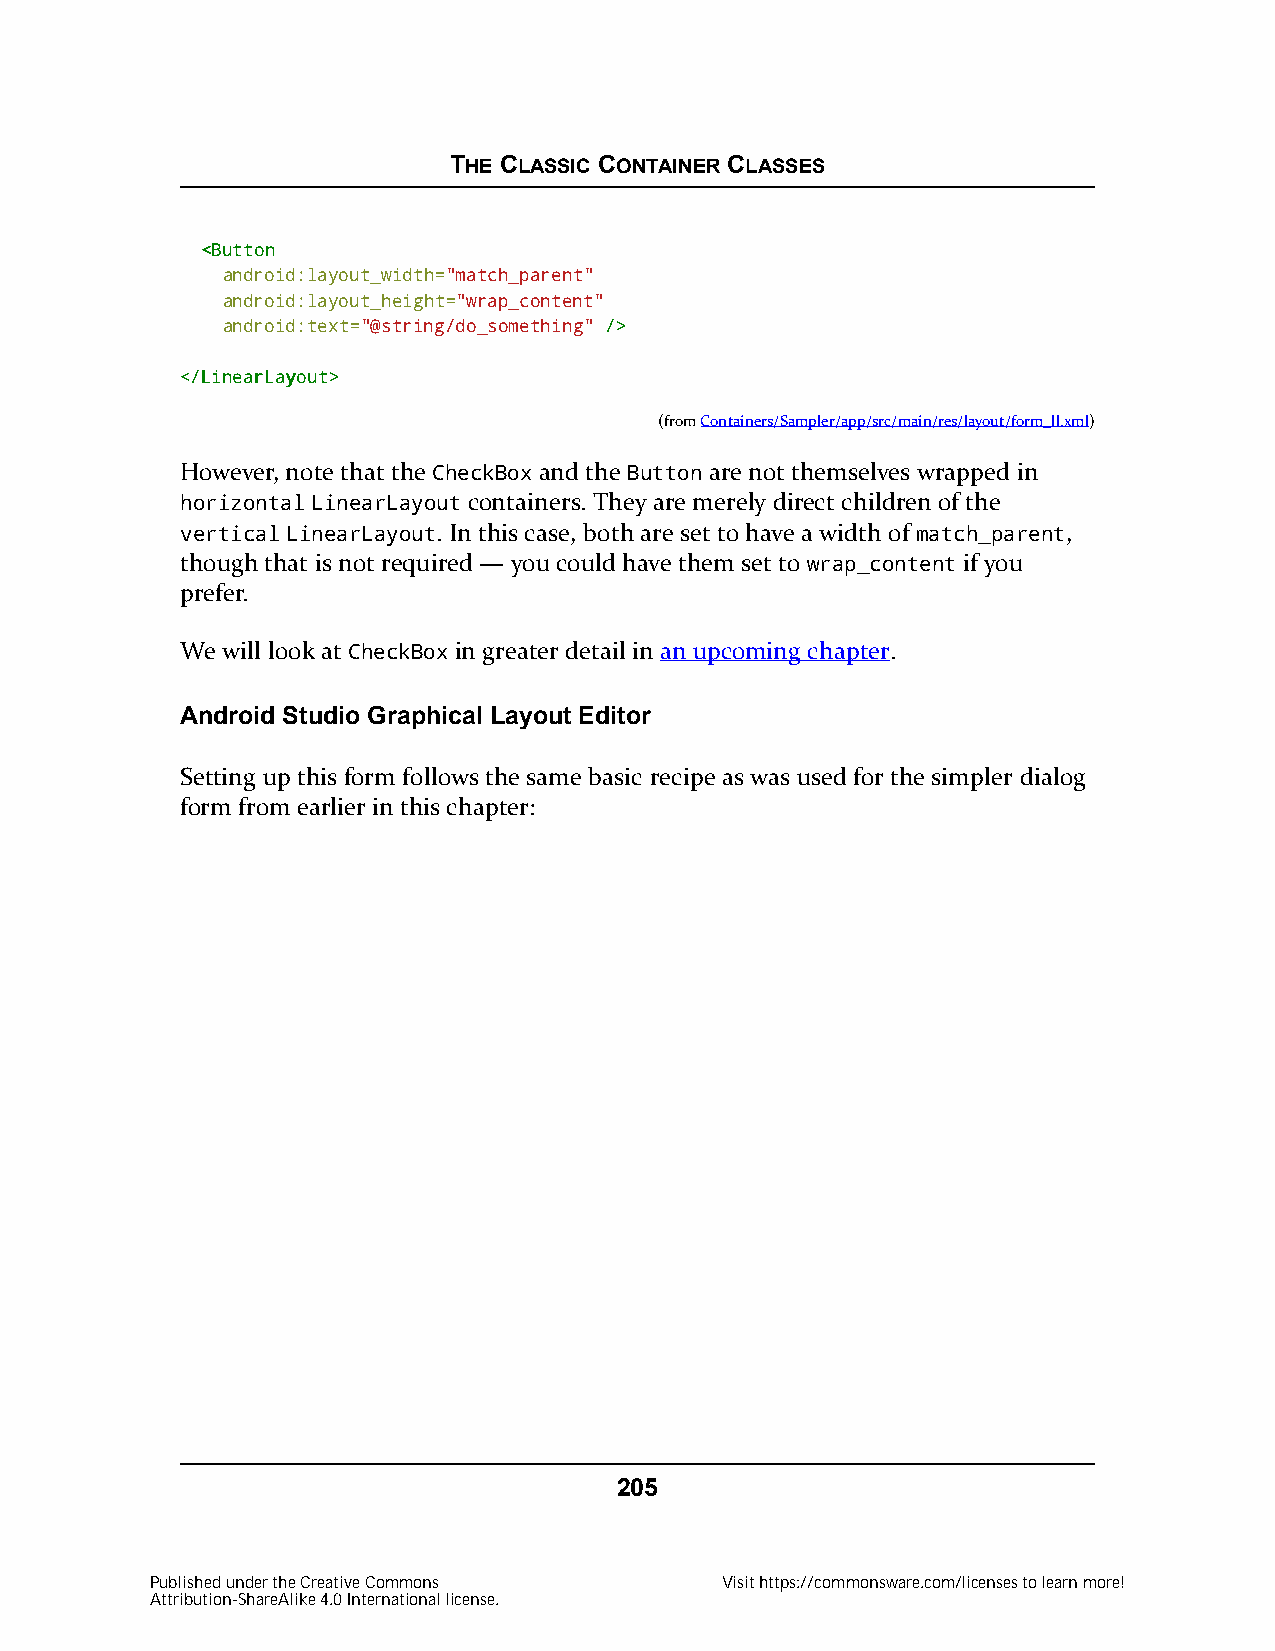
THE CLASSIC CONTAINER CLASSES
 <<BBuuttttoonn
 android:layout_width="match_parent"
 android:layout_height="wrap_content"
 android:text="@string/do_something" //>>
 <<//LLiinneeaarrLLaayyoouutt>>
 (fromContainers/Sampler/app/src/main/res/layout/form_ll.xml)
 However, note that the CheckBox and the Button are not themselves wrapped in
 horizontal LinearLayout containers. They are merely direct children of the
 vertical LinearLayout. In this case, both are set to have a width of match_parent,
 though that is not required — you could have them set to wrap_content if you
 prefer.
 We will look at CheckBox in greater detail in an upcoming chapter.
 Android Studio Graphical Layout Editor
 Setting up this form follows the same basic recipe as was used for the simpler dialog
 form from earlier in this chapter:
 205
 Published under the Creative Commons  Visit https://commonsware.com/licenses to learn more!
 Attribution-ShareAlike 4.0 International license.